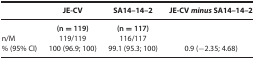
<table><thead><tr><td><b> </b></td><td><b>JE-CV</b></td><td><b>SA14–14–2</b></td><td><b>JE-CV <i>minus</i> SA14–14–2</b></td></tr></thead><tbody><tr><td> </td><td><b>(n = 119)</b></td><td><b>(n = 117)</b></td><td> </td></tr><tr><td>n/M</td><td>119/119</td><td>116/117</td><td> </td></tr><tr><td>% (95% CI)</td><td>100 (96.9; 100)</td><td>99.1 (95.3; 100)</td><td>0.9 (−2.35; 4.68)</td></tr></tbody></table>